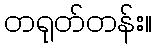
တရုတ်တန်း။